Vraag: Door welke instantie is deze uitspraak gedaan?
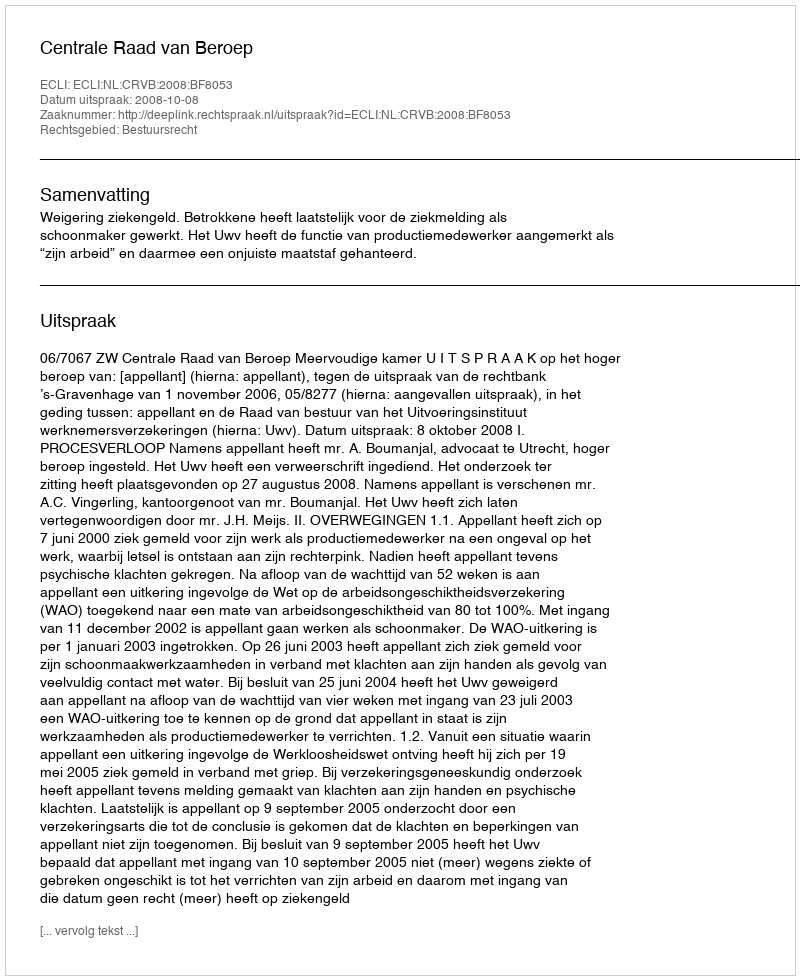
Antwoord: Centrale Raad van Beroep